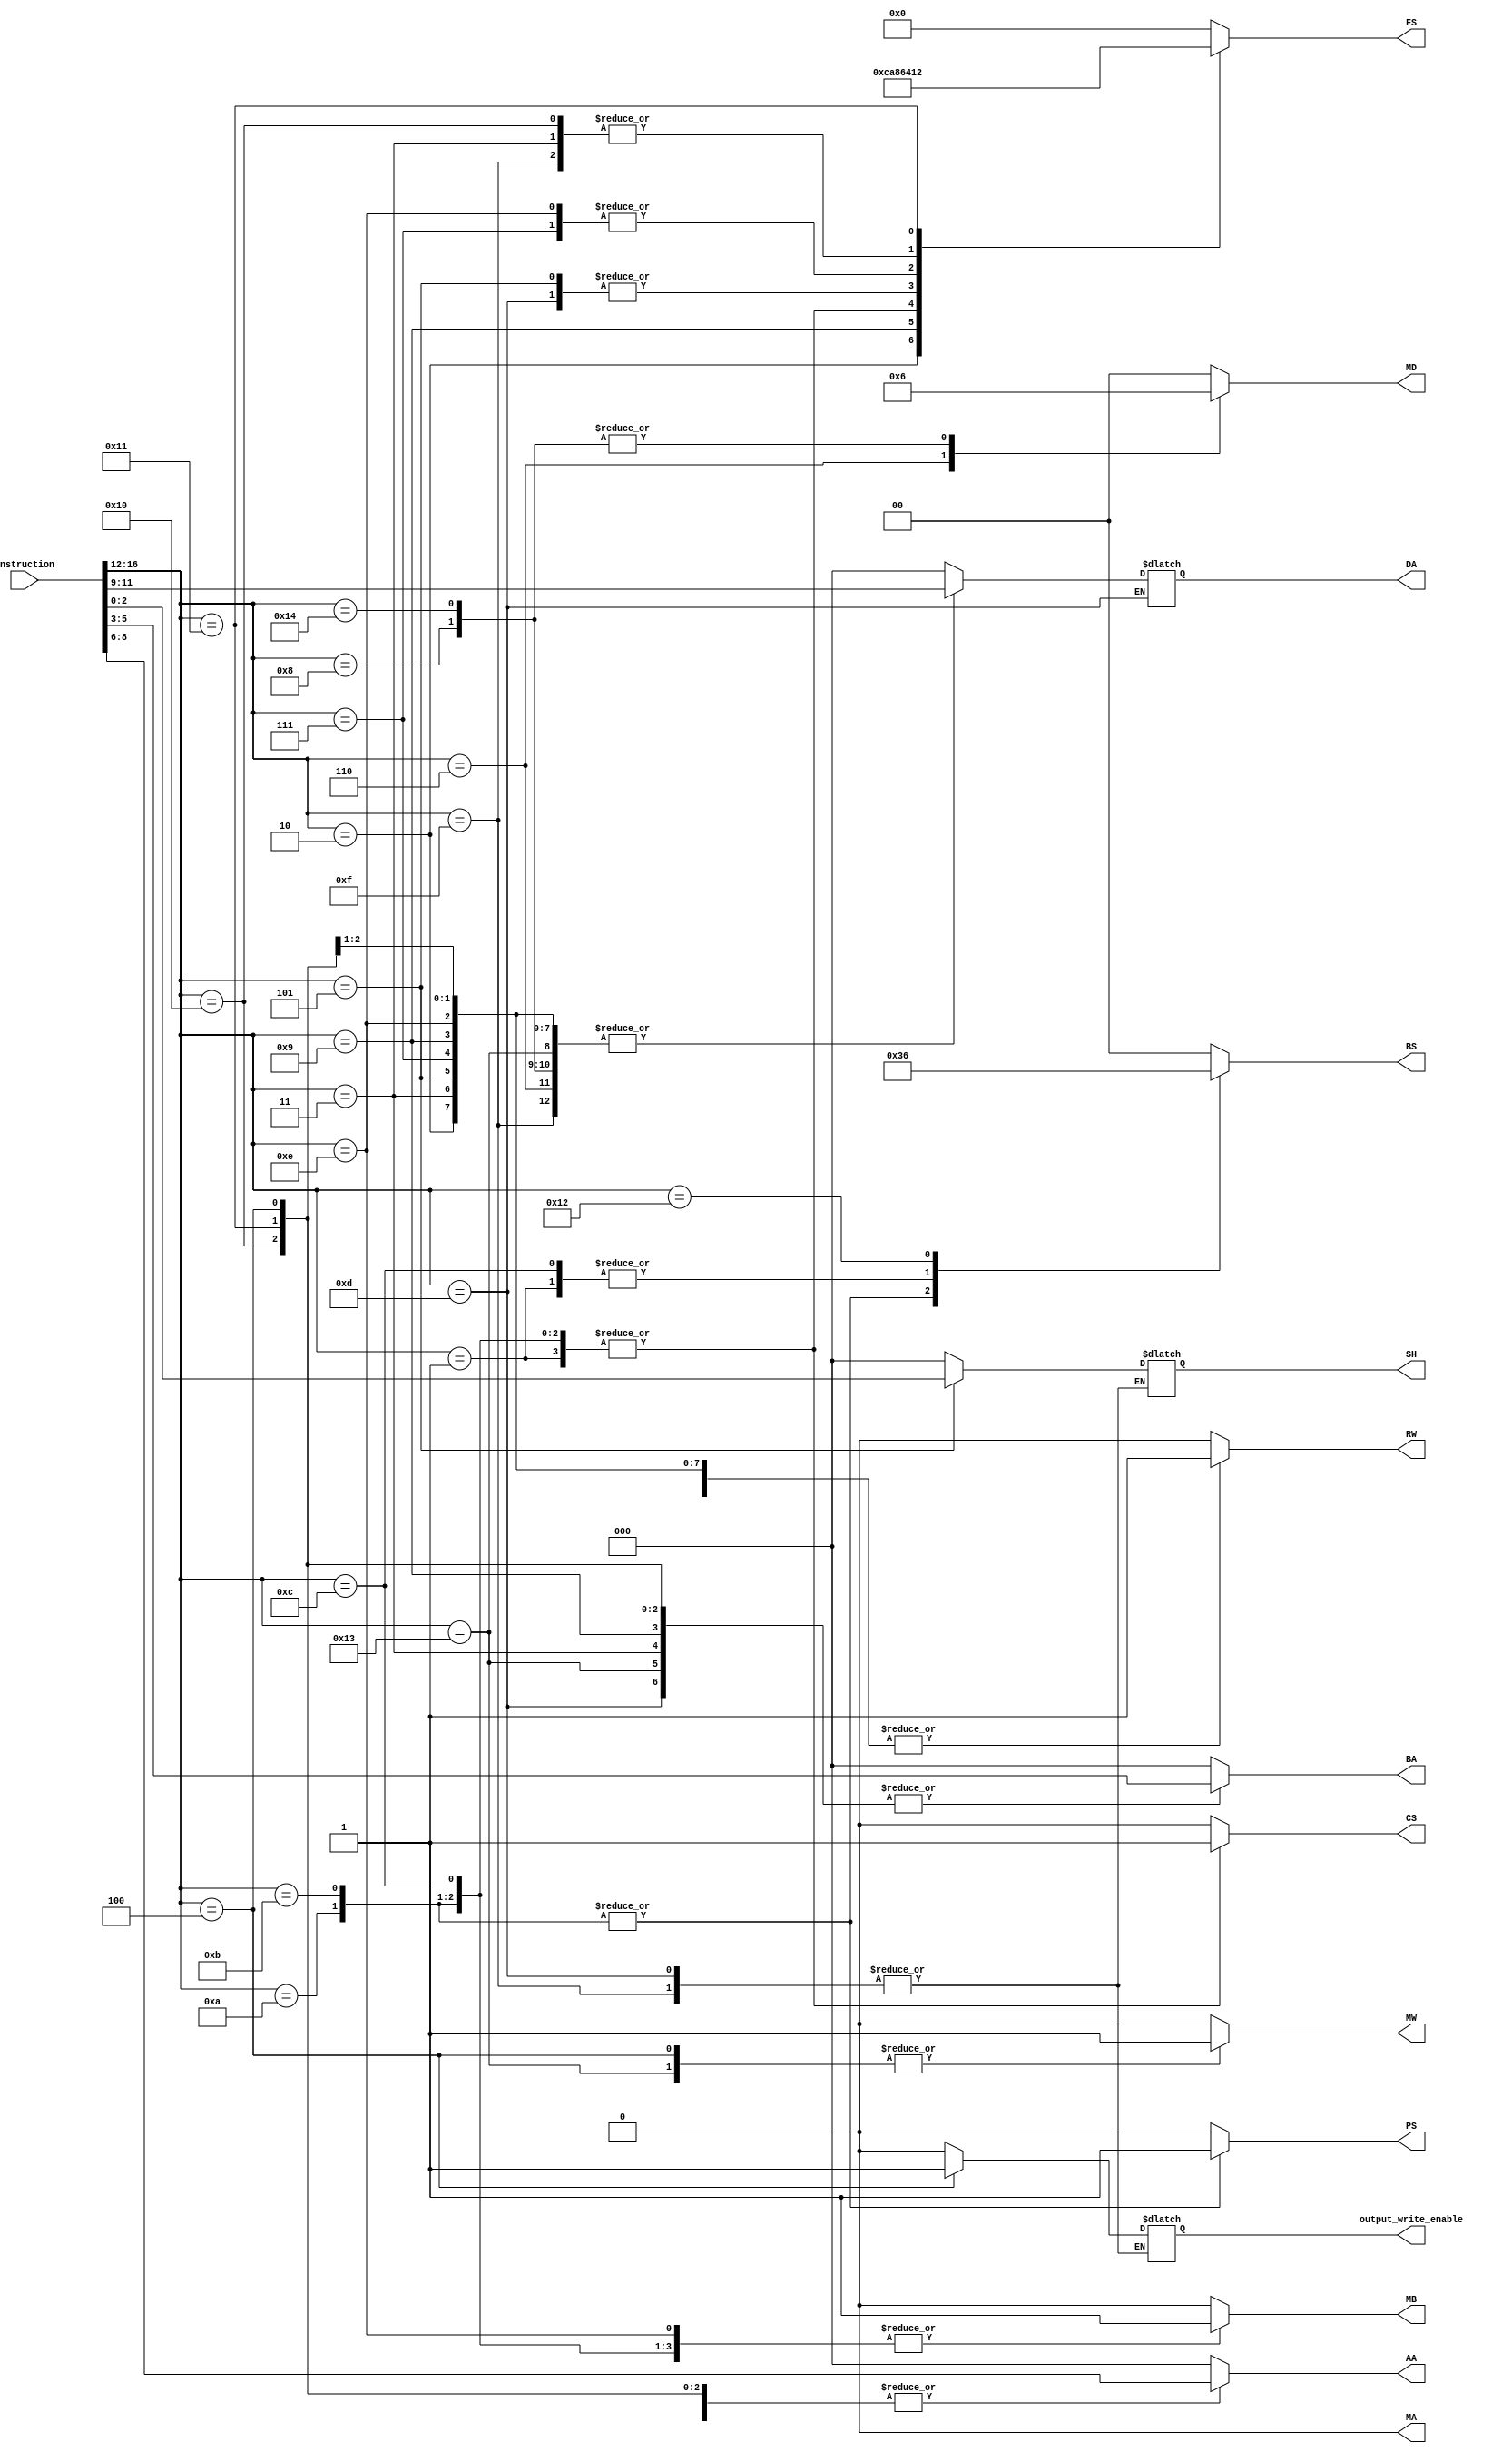
`timescale 1ns / 1ps
//////////////////////////////////////////////////////////////////////////////////
// Company: 
// Engineer: 
// 
// Design Name: 
// Module Name:    instr_decoder 
// Project Name: 
// Target Devices: 
// Tool versions: 
// Description: 
//
// Dependencies: 
//
// Revision: 
// Revision 0.01 - File Created
// Additional Comments: 
//
///////////////////////////////////////////////////////////////////////////////


module ID(
    input [16:0] instruction,
    output  RW,
    output [2:0] DA,//DA_WIREtAA_WIREddress,
    output [1:0] MD ,//muxd_select,
    output [1:0] BS, //branch_select,
    output PS,//zero_toggle,
    output MW,//memory_write,
    output [3:0] FS,//function select
    output MA,//mux a select 
    output MB,// mux  b select 
    output [2:0]AA, //register a address
    output [2:0]BA, // register b address
    output CS, // constant AA_WIRE
    output [2:0] SH, //shift registers
    output output_write_enable
    );
parameter NOP = 5'b00000; // value 0  eg:nop
parameter JPR = 5'b00001; //value 1   eg: jmp r2
parameter JPL = 5'b00010; //value 2   eg: jml r2, r3
parameter MOV = 5'b00011; // value 3  eg: mov r2 r1
parameter JMP = 5'b00100; //value 4   
parameter LSL = 5'b00101; //value 5   eg: lsl r3 , 03H 
parameter LD  = 5'b00110; //value 6   eg: ld r4 [r1]
parameter ADI = 5'b00111; //value 7   
parameter AIU = 5'b01000; //value 8   
parameter SLT = 5'b01001; //value 9   eg: slt r3 r2 r1
parameter OUT = 5'b01010; //value 10   eg:  out r3 [r2] 
parameter BNZ = 5'b01011; // value 11  eg: bnz r2
parameter BIZ = 5'b01100; // value 12  eg: biz r2 20H eg: 
parameter EOR = 5'b01101; // value 13  
parameter OR  = 5'b01110; // value 14  eg: or r3 r2 35H
parameter ANDI= 5'b01111; // value 15   
parameter ADD = 5'b10000; // value 16  eg: add r3 r2 r1
parameter SUB = 5'b10001; // value 17  eg: sub r1,r2,r3
parameter CMP = 5'b10010; // value 18  
parameter STR = 5'b10011; // value 19 
parameter INP = 5'b10100; // value 20  
reg RW_WIRE;
reg [2:0] DA_WIRE;  //DA_WIREtAA_WIREddress,
reg[1:0] MD_WIRE ;//muxd_select,
reg[1:0] BS_WIRE;  //branch_select,
reg  PS_WIRE ; //zero_toggle,
reg  MW_WIRE ; //memory_write,
reg [3:0] FS_WIRE; //function select
reg MA_WIRE ; //mux a select 
reg MB_WIRE ; // mux  b select 
reg [2:0]AA_WIRE ; //register a address
reg [2:0]BA_WIRE ; // register b address
reg CS_WIRE ; // constant AA_WIRE
reg [2:0] SH_WIRE;
reg [4:0] opcode;
reg output_write_enable_wire;

always@(*) begin


opcode = instruction[16:12]; 

case(opcode)
    NOP:begin    //1C
    RW_WIRE = 1'b0; DA_WIRE = 3'b000; MD_WIRE = 2'b00;BS_WIRE = 2'b00;PS_WIRE = 1'b0;MW_WIRE = 1'b0;FS_WIRE = 4'b0000; MA_WIRE = 1'b0; MB_WIRE = 1'b0; AA_WIRE = 3'b000; BA_WIRE = 3'b000; CS_WIRE = 1'b0;SH_WIRE=3'h0; output_write_enable_wire = 1'b0;
    end 
    JPR:begin  //2C NF
    RW_WIRE = 1'b0; DA_WIRE = 3'b000; MD_WIRE = 2'b00;BS_WIRE = 2'b01;PS_WIRE = 1'b0;MW_WIRE = 1'b0;FS_WIRE = 4'b1000; MA_WIRE = 1'b0; MB_WIRE = 1'b1; AA_WIRE = instruction[8:6]; BA_WIRE = 3'b000; CS_WIRE = 1'b1;SH_WIRE =3'h0;output_write_enable_wire = 1'b0;  
    end 
    JPL:begin //3C
    RW_WIRE = 1'b1; DA_WIRE = instruction[11:9]; MD_WIRE = 2'b00;BS_WIRE = 2'b00;PS_WIRE = 1'b0;MW_WIRE = 1'b0;FS_WIRE = 4'b1100; MA_WIRE = 1'b0; MB_WIRE = 1'b0; AA_WIRE = instruction[8:6]; BA_WIRE = 3'b000; CS_WIRE = 1'b0;SH_WIRE=3'h0; output_write_enable_wire = 1'b0; 
    end 
    MOV:begin //4C
    RW_WIRE = 1'b1; DA_WIRE = instruction[11:9]; MD_WIRE = 2'b00;BS_WIRE = 2'b00;PS_WIRE = 1'b0;MW_WIRE = 1'b0;FS_WIRE = 4'b0001; MA_WIRE = 1'b0; MB_WIRE = 1'b0; AA_WIRE = instruction[8:6]; BA_WIRE = instruction[5:3]; CS_WIRE = 1'b0;SH_WIRE = 3'h0; output_write_enable_wire = 1'b0; 
    end
    JMP:begin  //5C
    RW_WIRE = 1'b0; DA_WIRE = 3'b000; MD_WIRE = 2'b00;BS_WIRE = 2'b00;PS_WIRE = 1'b0;MW_WIRE = 1'b1;FS_WIRE = 4'b0000; MA_WIRE = 1'b0; MB_WIRE = 1'b0; AA_WIRE = instruction[8:6]; BA_WIRE = instruction[5:3]; CS_WIRE = 1'b0;SH_WIRE=3'h0; output_write_enable_wire = 1'b1; 
    end 
    LSL:begin  //6C
    RW_WIRE = 1'b1; DA_WIRE = instruction[11:9]; MD_WIRE = 2'b00;BS_WIRE = 2'b00;PS_WIRE = 1'b0;MW_WIRE = 1'b0;FS_WIRE = 4'b0110; MA_WIRE = 1'b0; MB_WIRE = 1'b0; AA_WIRE = instruction[8:6]; BA_WIRE = 3'b000; CS_WIRE = 1'b0;SH_WIRE = instruction[2:0];output_write_enable_wire = 1'b0;
    end
    LD:begin  //7C
    RW_WIRE = 1'b1; DA_WIRE = instruction[11:9]; MD_WIRE = 2'b01;BS_WIRE = 2'b00;PS_WIRE = 1'b0;MW_WIRE = 1'b0;FS_WIRE = 4'b0000; MA_WIRE = 1'b0; MB_WIRE = 1'b0; AA_WIRE = instruction[8:6]; BA_WIRE = 3'b000; CS_WIRE = 1'b0;SH_WIRE = 3'h0; output_write_enable_wire = 1'b0;  
    end 
    ADI:begin  //8C
    RW_WIRE = 1'b1; DA_WIRE = instruction[11:9]; MD_WIRE = 2'b00;BS_WIRE = 2'b00;PS_WIRE = 1'b0;MW_WIRE = 1'b0;FS_WIRE = 4'b0100; MA_WIRE = 1'b0; MB_WIRE = 1'b1; AA_WIRE = instruction[8:6]; BA_WIRE = 3'b000; CS_WIRE = 1'b0;SH_WIRE=3'h0; output_write_enable_wire = 1'b0;  
    end 
    AIU :begin //9C
	 RW_WIRE = 1'b1; DA_WIRE = instruction[11:9]; MD_WIRE = 2'b10;BS_WIRE = 2'b00;PS_WIRE = 1'b0;MW_WIRE = 1'b0;FS_WIRE = 4'b0000; MA_WIRE = 1'b0; MB_WIRE = 1'b0; AA_WIRE = instruction[8:6]; BA_WIRE = 3'b000; CS_WIRE = 1'b0;SH_WIRE=3'h0; output_write_enable_wire = 1'b0;
    end
    SLT:begin //10C
    RW_WIRE = 1'b1; DA_WIRE = instruction[11:9]; MD_WIRE = 2'b00;BS_WIRE = 2'b00;PS_WIRE = 1'b0;MW_WIRE = 1'b0;FS_WIRE = 4'b1010; MA_WIRE = 1'b0; MB_WIRE = 1'b0; AA_WIRE = instruction[8:6]; BA_WIRE = instruction[5:3]; CS_WIRE = 1'b0;SH_WIRE = 3'h0;  output_write_enable_wire = 1'b0;
    end
    OUT:begin //11C
    RW_WIRE = 1'b0; DA_WIRE = 3'b000; MD_WIRE = 2'b00;BS_WIRE = 2'b11;PS_WIRE = 1'b1;MW_WIRE = 1'b0;FS_WIRE = 4'b1000; MA_WIRE = 1'b0; MB_WIRE = 1'b1; AA_WIRE = instruction[8:6]; BA_WIRE = 3'b000; CS_WIRE = 1'b1;SH_WIRE= 3'h0; output_write_enable_wire = 1'b0; 
    end 
    BNZ:begin //12C
    RW_WIRE = 1'b0; DA_WIRE = 3'b000; MD_WIRE = 2'b00;BS_WIRE = 2'b11;PS_WIRE = 1'b1;MW_WIRE = 1'b0;FS_WIRE = 4'b1000; MA_WIRE = 1'b0; MB_WIRE = 1'b1; AA_WIRE = instruction[8:6]; BA_WIRE = 3'b000; CS_WIRE = 1'b1;SH_WIRE= 3'h0; output_write_enable_wire = 1'b0;  
    end 
    BIZ:begin //13C
    RW_WIRE = 1'b0; DA_WIRE = 3'b000; MD_WIRE = 2'b00;BS_WIRE = 2'b01;PS_WIRE = 1'b0;MW_WIRE = 1'b0;FS_WIRE = 4'b1000; MA_WIRE = 1'b0; MB_WIRE = 1'b1; AA_WIRE = instruction[8:6]; BA_WIRE = 3'b000; CS_WIRE = 1'b1;SH_WIRE =3'h0;output_write_enable_wire = 1'b0; 
    end 
    EOR:begin//14C
    FS_WIRE = 4'b0110; 
    MD_WIRE = 2'b00; 
    BS_WIRE = 2'b00; 
    RW_WIRE = 1'b1;
    PS_WIRE = 1'b0; 
    MW_WIRE = 1'b0;
    MA_WIRE = 1'b0; 
    MB_WIRE = 1'b0; 
    CS_WIRE = 1'b0; 
    AA_WIRE = instruction[8:6];
    BA_WIRE = instruction[5:3];
    end
    OR:begin //15C
    RW_WIRE = 1'b1; DA_WIRE = instruction[11:9]; MD_WIRE = 2'b00;BS_WIRE = 2'b00;PS_WIRE = 1'b0;MW_WIRE = 1'b0;FS_WIRE = 4'b0100; MA_WIRE = 1'b0; MB_WIRE = 1'b1; AA_WIRE = instruction[8:6]; BA_WIRE = 3'b000; CS_WIRE = 1'b0;SH_WIRE=3'h0; output_write_enable_wire = 1'b0;
    end 
    ANDI:begin //16C
    FS_WIRE = 4'b0001; 
    MD_WIRE = 2'b00 ; 
    BS_WIRE = 2'b00;
    RW_WIRE = 1'b1;
    PS_WIRE = 1'b0; 
    MW_WIRE = 1'b0;
    MA_WIRE = 1'b0; 
    MB_WIRE = 1'b1; 
    CS_WIRE = 1'b0;
    BA_WIRE = 3'b000; 
    AA_WIRE = instruction[8:6];
    DA_WIRE = instruction[11:9];
    end 
    ADD:begin  //17C
    RW_WIRE = 1'b1; DA_WIRE = instruction[11:9]; MD_WIRE = 2'b00;BS_WIRE = 2'b00;PS_WIRE = 1'b0;MW_WIRE = 1'b0;FS_WIRE = 4'b0001; MA_WIRE = 1'b0; MB_WIRE = 1'b0; AA_WIRE = instruction[8:6]; BA_WIRE = instruction[5:3]; CS_WIRE = 1'b0;SH_WIRE = 3'h0; output_write_enable_wire = 1'b0; 
    end 
    SUB:begin //18C
    RW_WIRE = 1'b1; DA_WIRE = instruction[11:9]; MD_WIRE = 2'b00;BS_WIRE = 2'b00;PS_WIRE = 1'b0;MW_WIRE = 1'b0;FS_WIRE = 4'b0010; MA_WIRE = 1'b0; MB_WIRE = 1'b0; AA_WIRE = instruction[8:6]; BA_WIRE = instruction[5:3]; CS_WIRE = 1'b0;SH_WIRE = 3'h0; output_write_enable_wire = 1'b0; 
    end 
    CMP:begin  //19C
    RW_WIRE = 1'b0; DA_WIRE = 3'b000; MD_WIRE = 2'b00;BS_WIRE = 2'b10;PS_WIRE = 1'b0;MW_WIRE = 1'b0;FS_WIRE = 4'b0000; MA_WIRE = 1'b0; MB_WIRE = 1'b0; AA_WIRE = instruction[8:6]; BA_WIRE = 3'b000; CS_WIRE = 1'b0; SH_WIRE = 3'h0;output_write_enable_wire = 1'b0; 
    end 
    STR:begin //20C
    RW_WIRE = 1'b0; DA_WIRE = instruction[11:9]; MD_WIRE = 2'b00;BS_WIRE = 2'b00;PS_WIRE = 1'b0;MW_WIRE = 1'b1;FS_WIRE = 4'b0000; MA_WIRE = 1'b0; MB_WIRE = 1'b0; AA_WIRE = instruction[8:6]; BA_WIRE = instruction[5:3]; CS_WIRE = 1'b0; SH_WIRE = 3'h0;output_write_enable_wire = 1'b0;
    end
    INP:begin //21C
    RW_WIRE = 1'b1; DA_WIRE = instruction[11:9]; MD_WIRE = 2'b10;BS_WIRE = 2'b00;PS_WIRE = 1'b0;MW_WIRE = 1'b0;FS_WIRE = 4'b0000; MA_WIRE = 1'b0; MB_WIRE = 1'b0; AA_WIRE = instruction[8:6]; BA_WIRE = 3'b000; CS_WIRE = 1'b0;SH_WIRE=3'h0; output_write_enable_wire = 1'b0;  
    end    
    default: begin
    RW_WIRE = 1'b0; DA_WIRE = 3'b000; MD_WIRE = 2'b00;BS_WIRE = 2'b00;PS_WIRE = 1'b0;MW_WIRE = 1'b0;FS_WIRE = 4'b0000; MA_WIRE = 1'b0; MB_WIRE = 1'b0; AA_WIRE = 3'b000; BA_WIRE = 3'b000; CS_WIRE = 1'b0;SH_WIRE=3'h0;output_write_enable_wire = 1'b0;
    end 
    endcase
end
assign RW = RW_WIRE;
assign DA = DA_WIRE;
assign MD = MD_WIRE;
assign BS = BS_WIRE;
assign PS = PS_WIRE;
assign MW = MW_WIRE;
assign FS = FS_WIRE;
assign MA = MA_WIRE;
assign MB = MB_WIRE;
assign AA = AA_WIRE;
assign BA = BA_WIRE;
assign CS = CS_WIRE;
assign SH = SH_WIRE;
assign output_write_enable = output_write_enable_wire;
endmodule